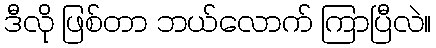
ဒီလို ဖြစ်တာ ဘယ်လောက် ကြာပြီလဲ။